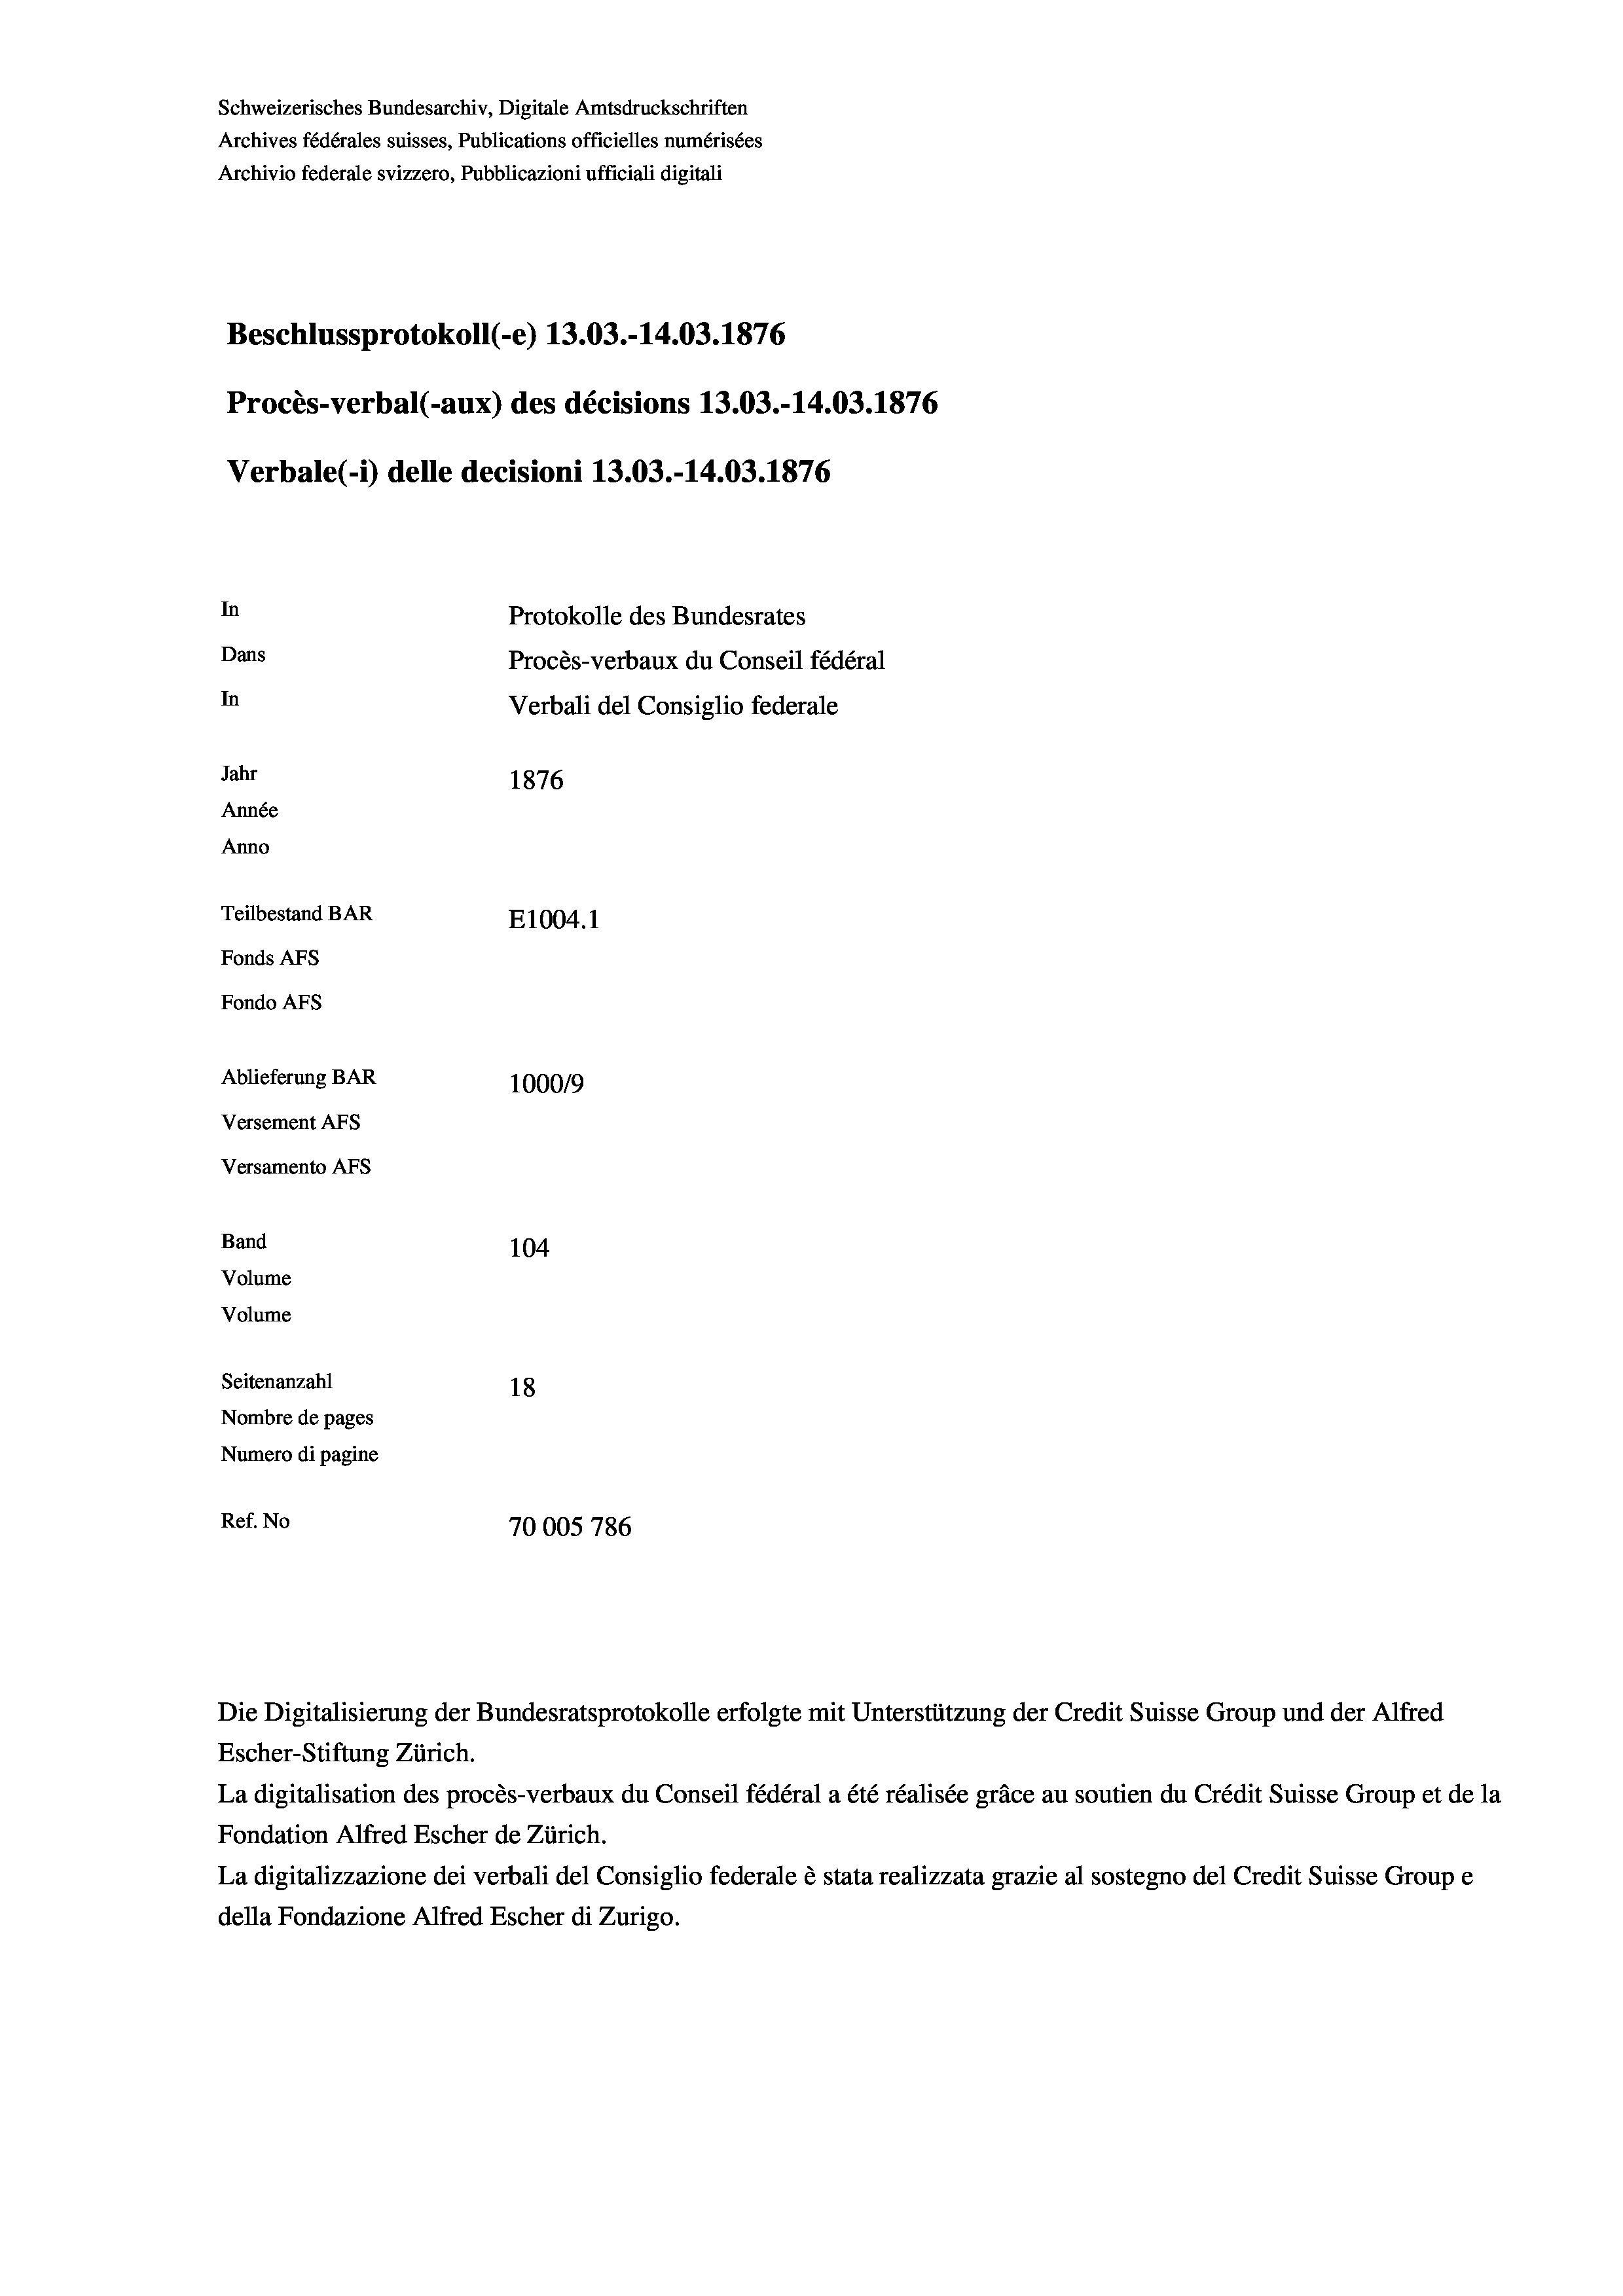
Schweizerisches Bundesarchiv, Digitale Amtsdruckschriften
Archives fédérales suisses, Publications officielles numérisées
Archivio federale svizzero, Pubblicazioni ufficiali digitali
Beschlussprotokoll (-e) 13.03.-14.03. 1876
Procès-verbal (-aux) des décisions 13.03.-14.03. 1876
Verbale(*) delle decisioni 13.03.-14.03. 1876
In
Protokolle des Bundesrates
Dans
Procès-verbaux du Conseil fédéral
In
Verbali del Consiglio federale
Jahr
1876
Année
Anno
Teilbestand BAR
E1004.1
Fonds AFs
Fondo Afs
Ablieferung BAR
100019
Versement AFs
Versamento Afs
Band

104
Volume
Volume
Seitenanzahl
18
Nombre de pages
Numero di pagine
Ref. No
70005 786

Escher-Stiftung Zürich.
La digitalisation des procès-verbaux du Conseil fédéral a été réalisée gräce au soutien du Crédit Suisse Group et de la
Fondation Alfred Escher de Zürich.
La digitalizzazione dei verbali del Consiglio federale è stata realizzata grazie al sostegno del Credit Suisse Groupe
della Fondazione Alfred Escher di Zurigo.

Die Digitalisierung der Bundesratsprotokolle erfolgte mit Unterstützung der Credit Suisse Group und der Alfred